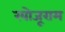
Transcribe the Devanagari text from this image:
खोजूराम